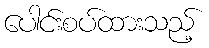
ပေါင်းစပ်ထားသည့်